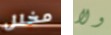
مخلل ولا